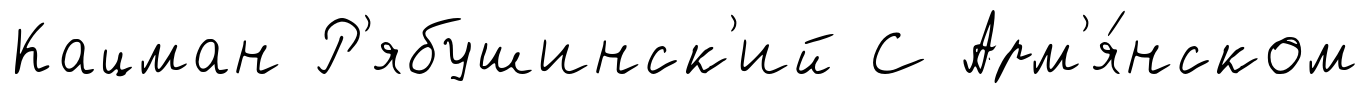
Кацман Р'ябушинск'ий С Арм'я́нском